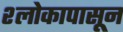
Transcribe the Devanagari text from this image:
श्लोकापासून